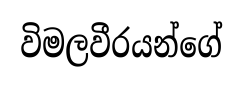
විමලවීරයන්ගේ